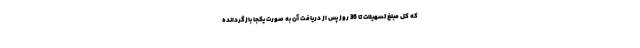
که کل مبلغ تسهیلات تا 36 روز پس از دریافت آن به صورت یکجا بازگردانده